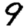
Digit: 9